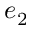
e _ { 2 }